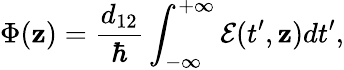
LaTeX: \Phi(\mathbf{z})=\frac{{d_{12}}}{{\hbar}}\int_{-\infty}^{+\infty}\mathcal{{E}}(t^{\prime},\mathbf{z})dt^{\prime},